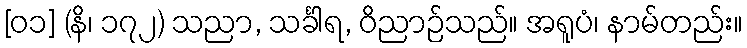
[၀၁] (နိ၊ ၁၇၂) သညာ, သင်္ခါရ, ဝိညာဉ်သည်။ အရူပံ၊ နာမ်တည်း။